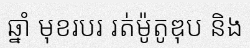
ឆ្នាំ មុខរបរ រត់ម៉ូតូឌុប និង